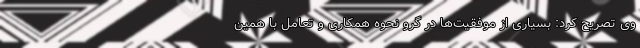
وی تصریح کرد: بسیاری از موفقیت‌ها در گرو نحوه همکاری و تعامل با همین